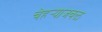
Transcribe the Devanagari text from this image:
चेहर्‍याजवळ